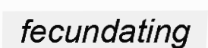
fecundating